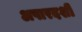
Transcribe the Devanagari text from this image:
अपारदशी